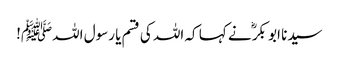
سیدنا ابو بکرؓ نے کہا کہ اللہ کی قسم یا رسول اللہﷺ!